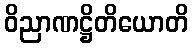
ဝိညာဏဋ္ဌိတိယောတိ